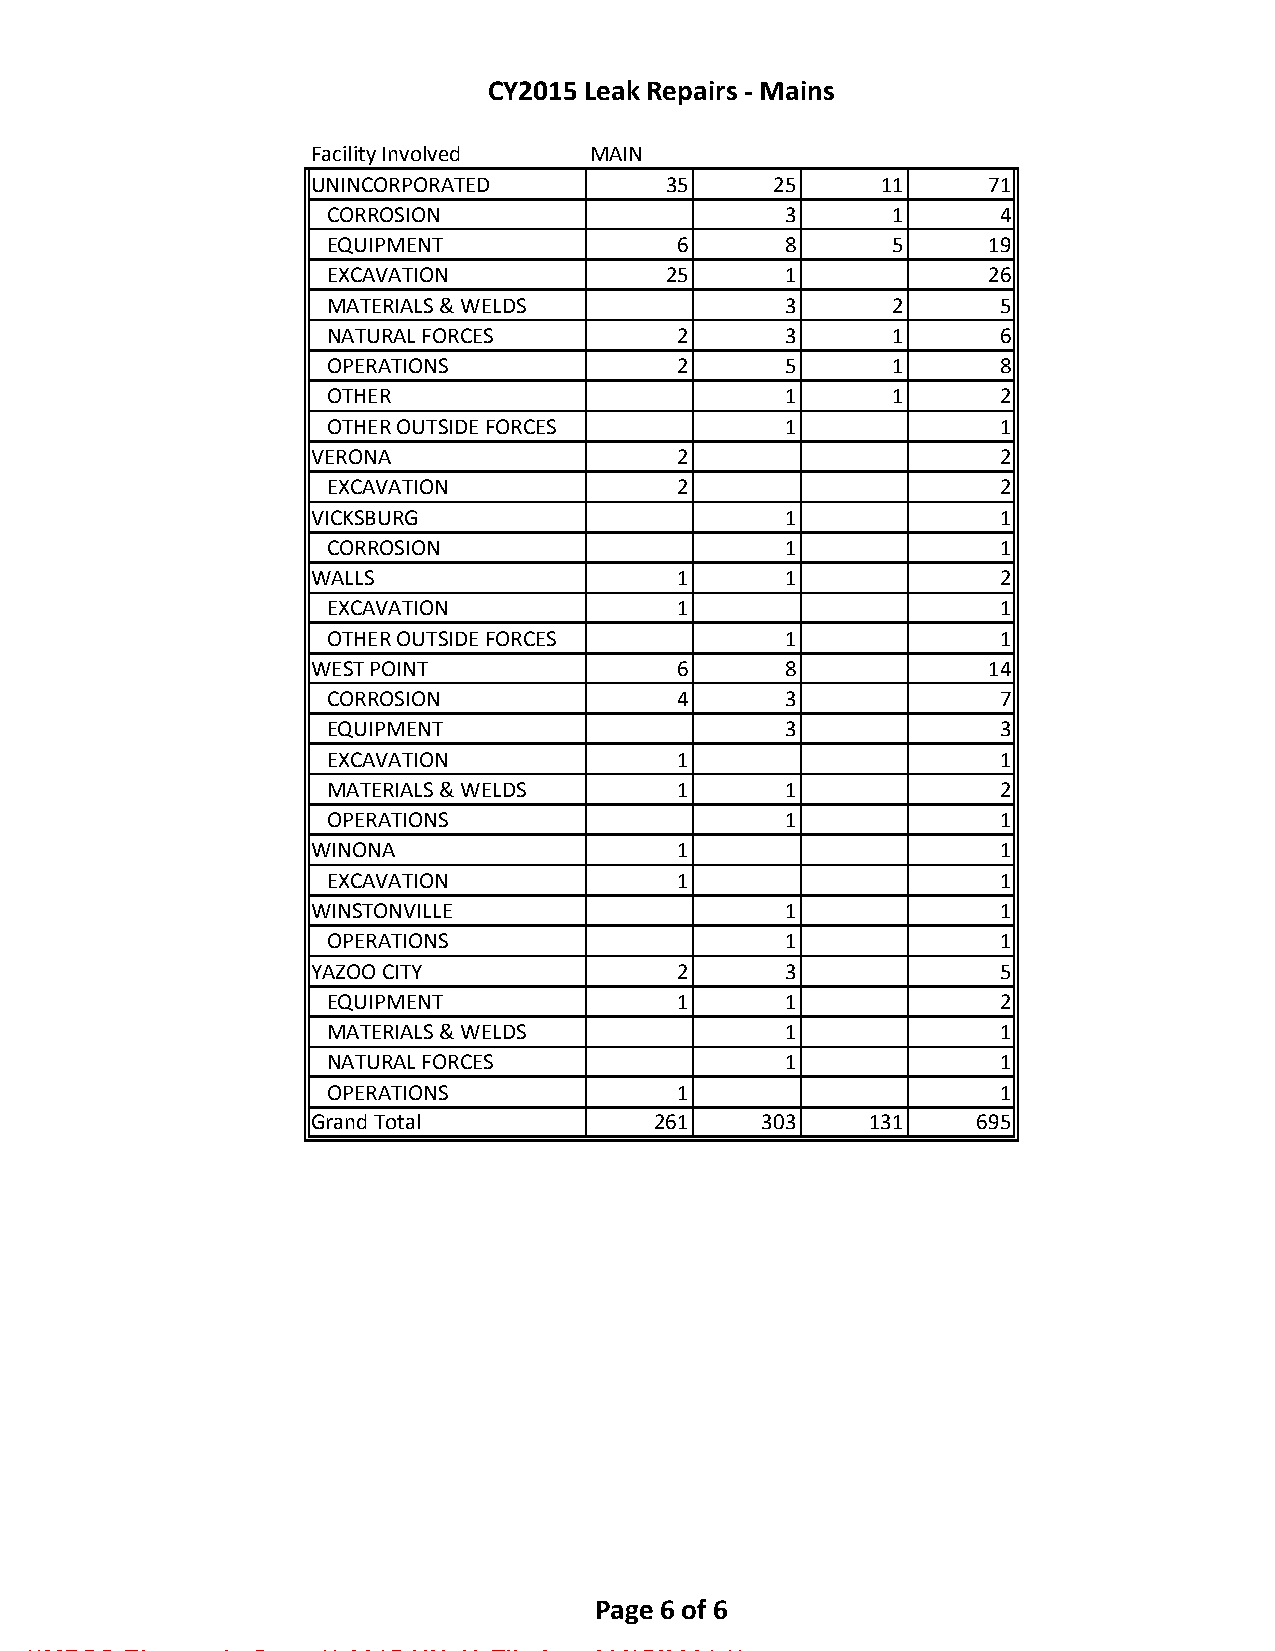
CY2015 Leak Repairs - Mains
 Facility Involved  MAIN
 UNINCORPORATED          35     25     11     71
 CORROSION                      3      1      4
 EQUIPMENT              6       8      5     19
 EXCAVATION             25      1            26
 MATERIALS & WELDS              3      2      5
 NATURAL FORCES         2       3      1      6
 OPERATIONS             2       5      1      8
 OTHER                          1      1      2
 OTHER OUTSIDE FORCES           1             1
 VERONA                  2                     2
 EXCAVATION             2                     2
 VICKSBURG                       1             1
 CORROSION                      1             1
 WALLS                   1       1             2
 EXCAVATION             1                     1
 OTHER OUTSIDE FORCES           1             1
 WEST POINT              6       8            14
 CORROSION              4       3             7
 EQUIPMENT                      3             3
 EXCAVATION             1                     1
 MATERIALS & WELDS      1       1             2
 OPERATIONS                     1             1
 WINONA                  1                     1
 EXCAVATION             1                     1
 WINSTONVILLE                    1             1
 OPERATIONS                     1             1
 YAZOO CITY              2       3             5
 EQUIPMENT              1       1             2
 MATERIALS & WELDS              1             1
 NATURAL FORCES                 1             1
 OPERATIONS             1                     1
 Grand Total            261    303    131    695
 Page 6 of 6
 **MPSC Electronic Copy ** 2015-UN-49 Filed on 03/15/2021 **